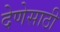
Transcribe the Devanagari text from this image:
देणेसाठी